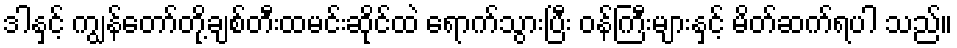
ဒါနှင့် ကျွန်တော်တို့ချစ်တီးထမင်းဆိုင်ထဲ ရောက်သွားပြီး ဝန်ကြီးများနှင့် မိတ်ဆက်ရပါ သည်။